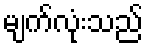
မျက်လုံးသည်